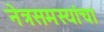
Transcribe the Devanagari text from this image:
नेत्रसमस्यांचा